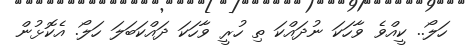
ހަލޯ.. ކީއްވެ ވާހަކަ ނުދައްކަ ތި ހުރީ ވާހަކަ ދައްކަބަލަ ހަލޯ. އެކޮޅުން